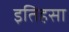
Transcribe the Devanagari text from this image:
इतिहसा